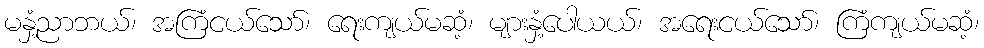
မနှံ့ညာဘယ်၊ အကြံငယ်သော်၊ ရေးကျယ်မဆံ့၊ များနှံ့ပေါယယ်၊ အရေးငယ်သော်၊ ကြံကျယ်မဆံ့၊